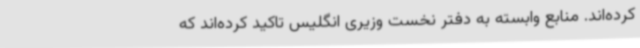
کرده‌اند. منابع وابسته به دفتر نخست وزیری انگلیس تاکید کرده‌اند که